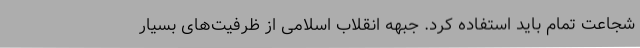
شجاعت تمام باید استفاده کرد. جبهه انقلاب اسلامی از ظرفیت‌های بسیار